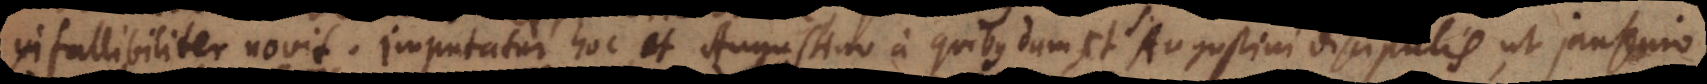
infallibiliter novit. Imputatur hoc et Augustino a quibusdam, et S. Augustini discipulis, ut Jansenio,